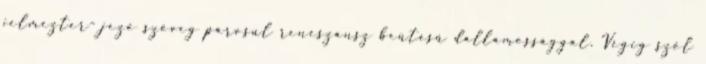
jelmezter- jező szöveg párosul reneszánsz beütésű dallamossággal. Végig szól